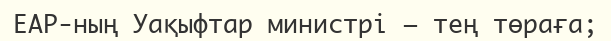
ЕАР-ның Уақыфтар министрі – тең төраға;